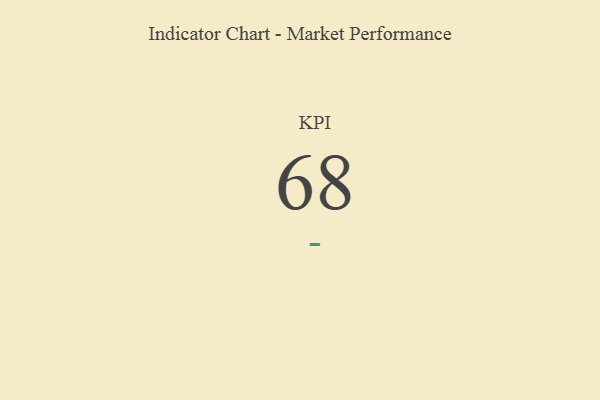
{"axis": {"x": "KPI", "y": "Value"}, "legend": [""], "data": [{"x": "KPI", "y": 68, "type": ""}]}